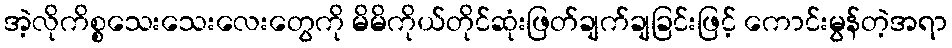
အဲ့လိုကိစ္စသေးသေးလေးတွေကို မိမိကိုယ်တိုင်ဆုံးဖြတ်ချက်ချခြင်းဖြင့် ကောင်းမွန်တဲ့အရာ